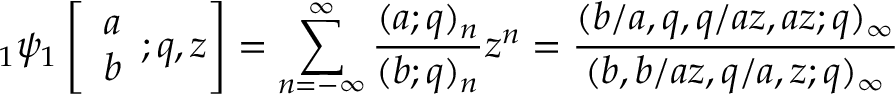
\; _ { 1 } \psi _ { 1 } \left[ { \begin{array} { l } { a } \\ { b } \end{array} } ; q , z \right] = \sum _ { n = - \infty } ^ { \infty } { \frac { ( a ; q ) _ { n } } { ( b ; q ) _ { n } } } z ^ { n } = { \frac { ( b / a , q , q / a z , a z ; q ) _ { \infty } } { ( b , b / a z , q / a , z ; q ) _ { \infty } } }